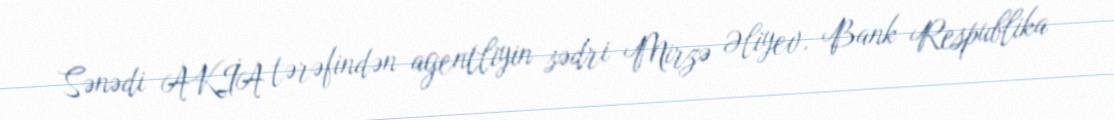
Sənədi AKİA tərəfindən agentliyin sədri Mirzə Əliyev, Bank Respublika